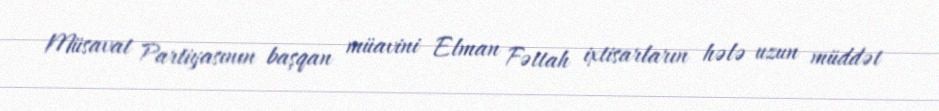
Müsavat Partiyasının başqan müavini Elman Fəttah ixtisarların hələ uzun müddət